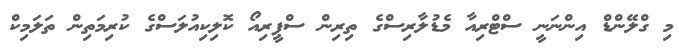
މި ގްލޭންޑް އިންނަނީ ސްޓްރިއާ މެޑުލާރިސްގެ ތިރިން ސްޕީރިއޯ ކޮލިކިއުލަސްގެ ކުރިމަތިން ތަލަމިކް